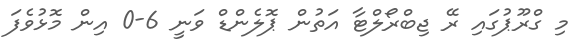
މި ގްރޫޕުގައި ރޭ ޖިބްރޯލްޓާ އަތުން ޕޮލެންޑް ވަނީ 6-0 އިން މޮޅުވެފަ